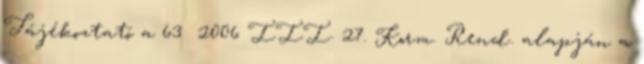
Tájékoztató a 63 2006 III. 27. Korm. Rend. alapján a